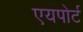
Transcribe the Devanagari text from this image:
एयपोर्ट